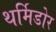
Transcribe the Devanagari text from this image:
थर्मिडोर